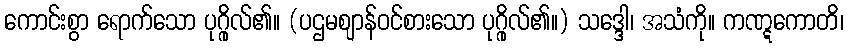
ကောင်းစွာ ရောက်သော ပုဂ္ဂိုလ်၏။ (ပဌမဈာန်ဝင်စားသော ပုဂ္ဂိုလ်၏။) သဒ္ဒေါ၊ အသံကို။ ကဏ္ဋကောတိ၊